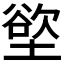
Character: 𫮟